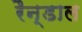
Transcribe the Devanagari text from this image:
रैन्डाल